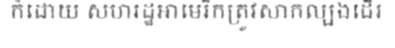
ក៏ដោយ សហរដ្ឋអាមេរិកត្រូវសាកល្បងដើរ